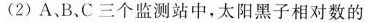
(2)A、B、C三个监测站中，太阳黑子相对数的